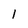
Character: 1